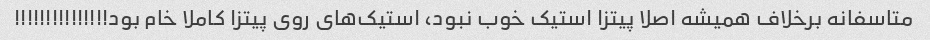
متاسفانه برخلاف همیشه اصلا پیتزا استیک خوب نبود، استیک‌های روی پیتزا کاملا خام بود!!!!!!!!!!!!!!!